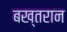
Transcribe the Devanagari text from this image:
बख्तरान